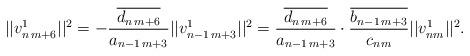
LaTeX: \begin{align*} ||v_{n\,m+6}^1||^2= -\frac{\overline{d_{n\,m+6}}}{a_{n-1\,m+3}}||v_{n-1\,m+3}^1||^2= \frac{\overline{d_{n\,m+6}}}{a_{n-1\,m+3}}\cdot \frac{\overline{b_{n-1\,m+3}}}{c_{nm}}||v_{nm}^1||^2.\end{align*}